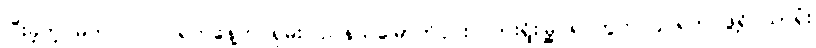
ပြီးခဲ့တဲ့ မတ်လ ၂၂ ရက်နေ့က ရှမ်းပြည်နယ်မြောက်ပိုင်း လားရှိုးမြို့ ရပ်ကွက် ၄ ရဲတပ်ဖွဲ့ရိပ်သာရုံး